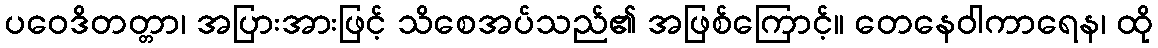
ပဝေဒိတတ္တာ၊ အပြားအားဖြင့် သိစေအပ်သည်၏ အဖြစ်ကြောင့်။ တေနေဝါကာရေန၊ ထို